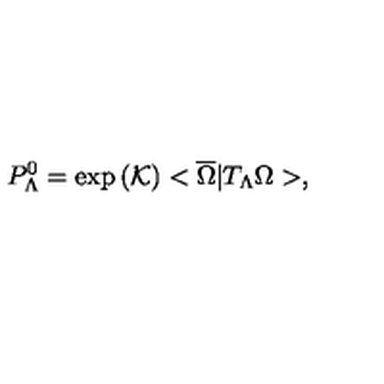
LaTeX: P _ { \Lambda } ^ { 0 } = \exp \left( \mathcal { K } \right) < \overline { { \Omega } } | T _ { \Lambda } \Omega > ,